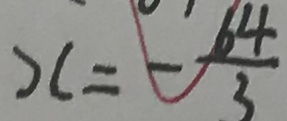
x = - \frac { 6 4 } { 3 }